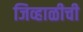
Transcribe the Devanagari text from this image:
जिव्हाळीची